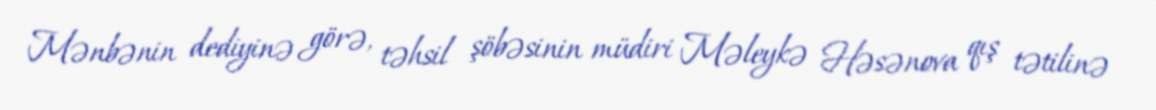
Mənbənin dediyinə görə, təhsil şöbəsinin müdiri Məleykə Həsənova qış tətilinə